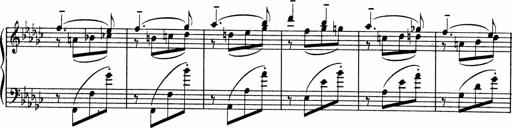
Title: Sonatine pour piano
Composer: Albert Roussel